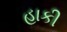
હાકી